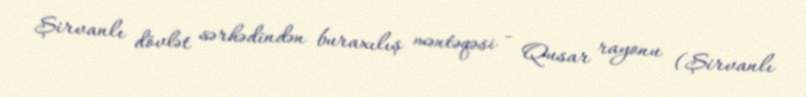
Şirvanlı dövlət sərhədindən buraxılış məntəqəsi - Qusar rayonu (Şirvanlı